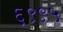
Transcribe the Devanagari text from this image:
६९९५